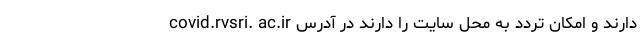
دارند و امکان تردد به محل سایت را دارند در آدرس covid.rvsri. ac.ir